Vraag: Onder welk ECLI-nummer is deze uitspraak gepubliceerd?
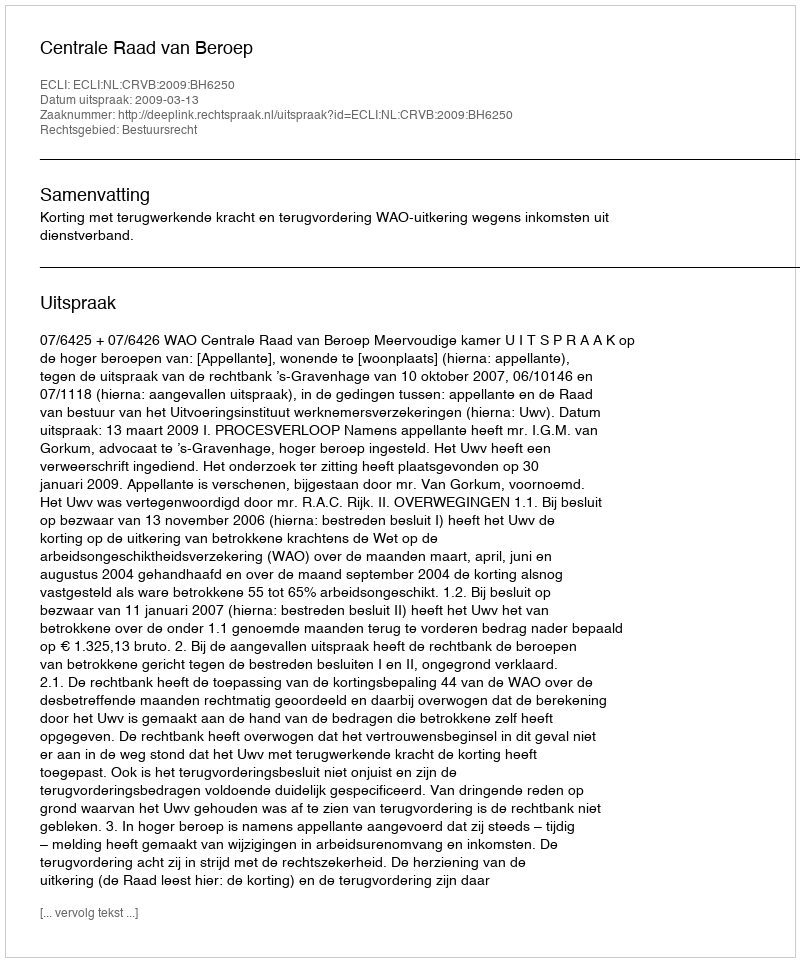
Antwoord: ECLI:NL:CRVB:2009:BH6250